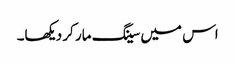
اس میں سینگ مار کر دیکھا۔